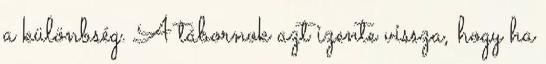
a különbség. A tábornok azt izente vissza, hogy ha